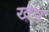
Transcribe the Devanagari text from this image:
खष